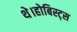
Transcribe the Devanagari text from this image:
थे।होबिस्ट्स